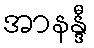
အာနန္ဒီ